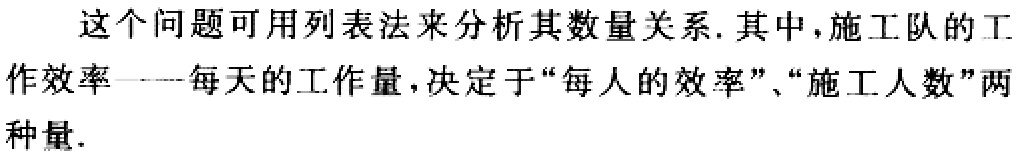
这个问题可用列表法来分析其数量关系. 其中，施工队的工作效率——每天的工作量，决定于“每人的效率”、“施工人数”两种量.